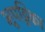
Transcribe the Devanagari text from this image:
भूपट्टिका